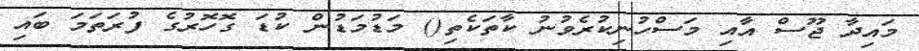
މައިދާ ޖޫސް އާއި މަސްހުނިކުރެވުނު ކާތަކެތި() މަޑުމަޑުން ކުޑަ ގޮހޮރުގެ ފުރަތަމަ ބައި